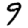
Digit: 9